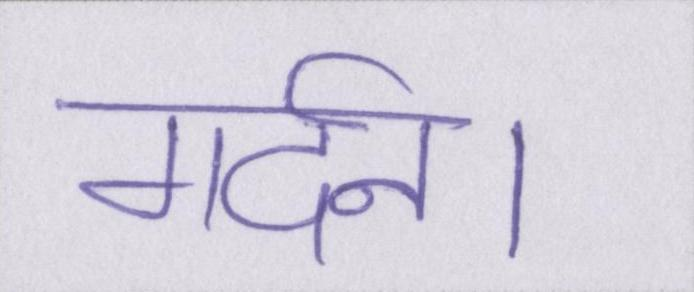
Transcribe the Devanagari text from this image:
गर्दन।